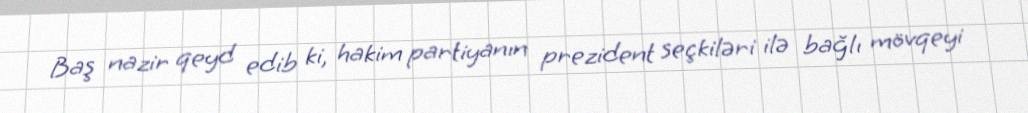
Baş nazir qeyd edib ki, hakim partiyanın prezident seçkiləri ilə bağlı mövqeyi